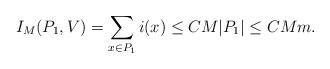
LaTeX: \begin{align*}I_M(P_1, V) = \sum_{x \in P_1} i(x) \leq CM |P_1| \leq C M m.\end{align*}